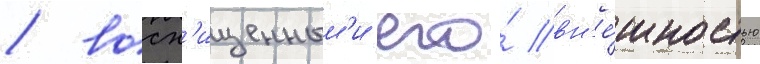
/ восх'ищенным'и его́ вн'е́шностью